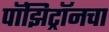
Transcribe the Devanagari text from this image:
पॉझिट्रॉनचा